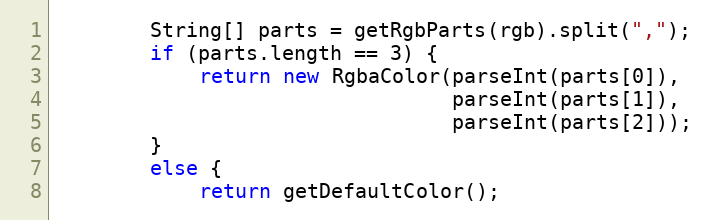
Language: Java
        String[] parts = getRgbParts(rgb).split(",");
        if (parts.length == 3) {
            return new RgbaColor(parseInt(parts[0]),
                                 parseInt(parts[1]),
                                 parseInt(parts[2]));
        }
        else {
            return getDefaultColor();